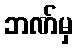
ဘဏ်မှ